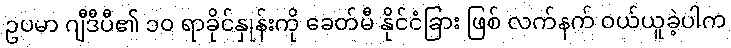
ဥပမာ ဂျီဒီပီ၏ ၁၀ ရာခိုင်နှုန်းကို ခေတ်မီ နိုင်ငံခြား ဖြစ် လက်နက် ဝယ်ယူခဲ့ပါက